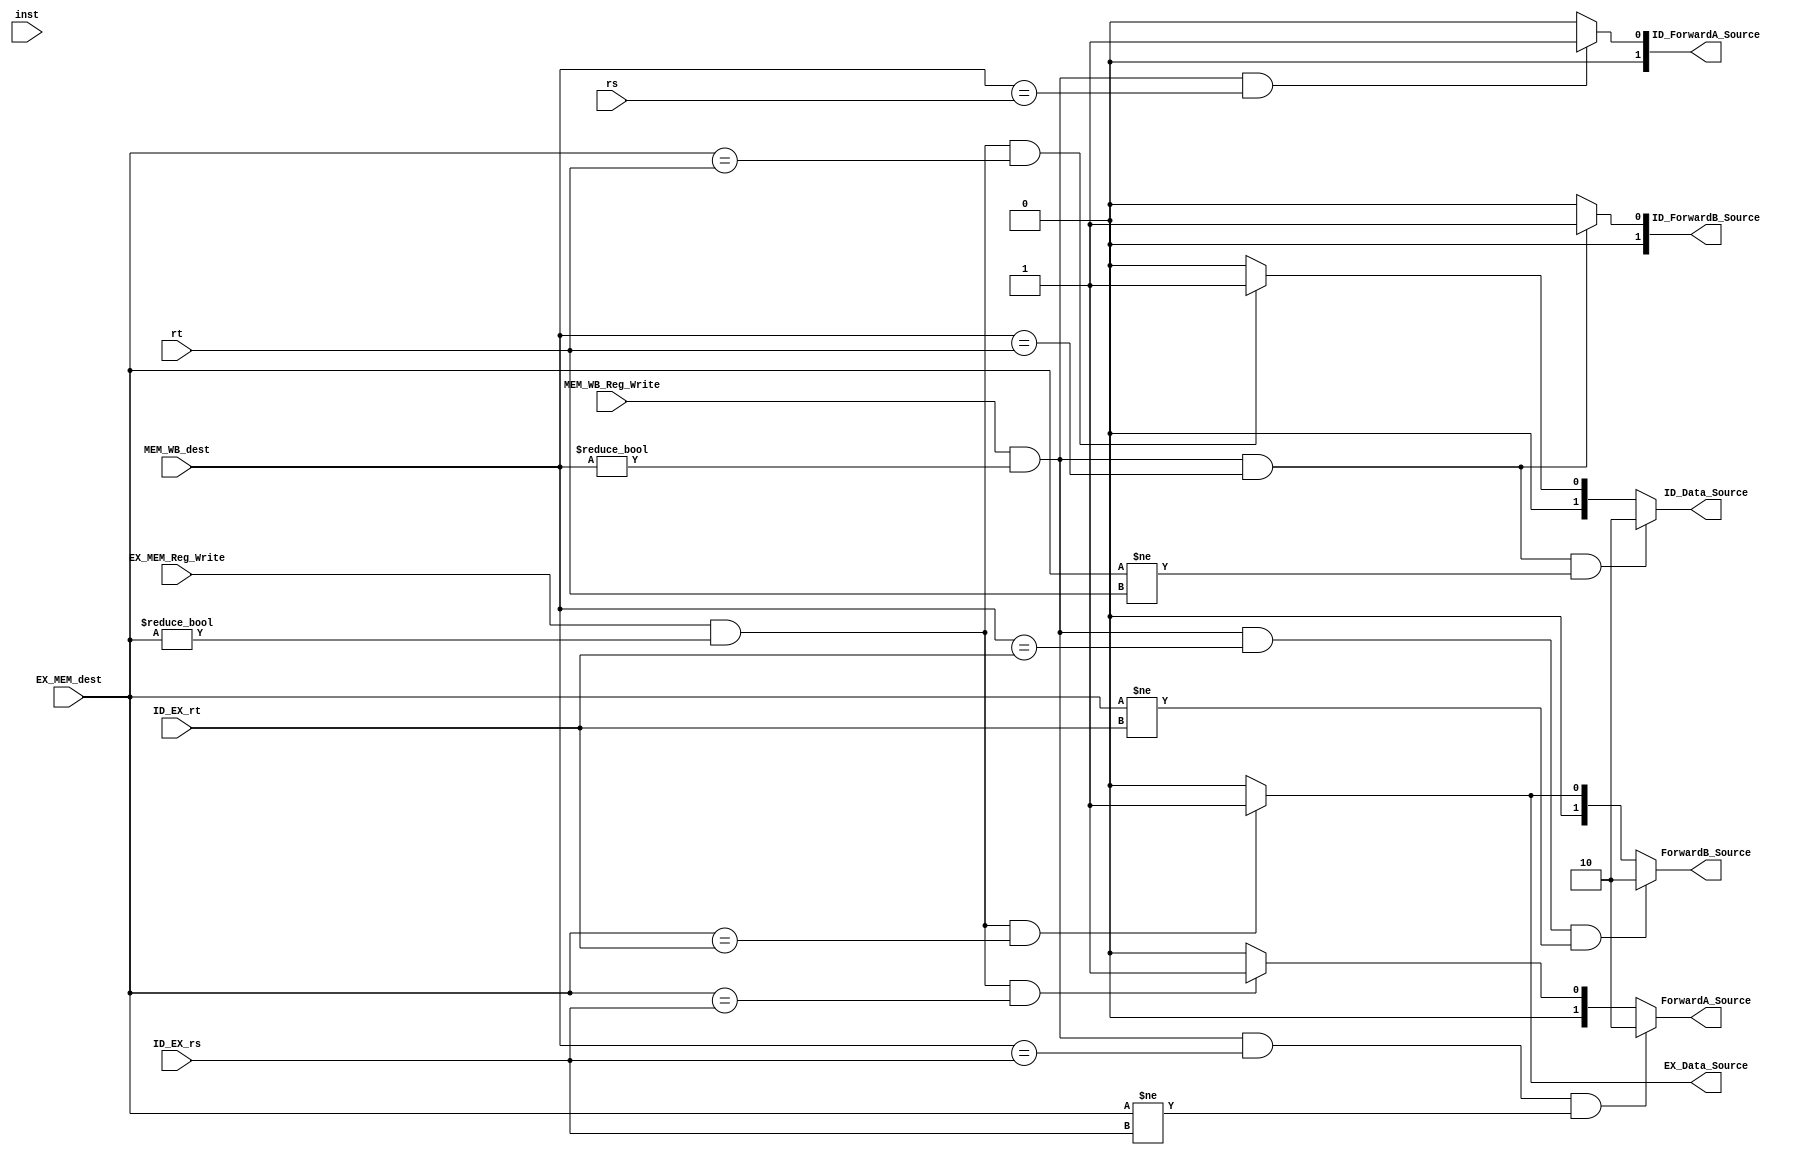
`timescale 1ns / 1ps
//////////////////////////////////////////////////////////////////////////////////
// Company: 
// Engineer: 
// 
// Design Name: 
// Module Name:    forwarding 
// Project Name: 
// Target Devices: 
// Tool versions: 
// Description: 
//
// Dependencies: 
//
// Revision: 
// Revision 0.01 - File Created
// Additional Comments: 
//
//////////////////////////////////////////////////////////////////////////////////
module forwarding(
	input [31:0] inst,
	input [4:0] rs,
	input [4:0] rt,
	input [4:0] ID_EX_rs,
	input [4:0] ID_EX_rt,
    input [4:0] EX_MEM_dest,
    input [4:0] MEM_WB_dest,
	input EX_MEM_Reg_Write,
	input MEM_WB_Reg_Write,
	output reg [1:0] ForwardA_Source,
    output reg [1:0] ForwardB_Source,
    output reg [1:0] ID_ForwardA_Source,
    output reg [1:0] ID_ForwardB_Source,
	output reg [1:0] ID_Data_Source,
	output reg EX_Data_Source
    );
	
	// conditions for ForwardA and ForwardB used are those found in the textbook
	// the difference of ForwardA and ForwardB is simply rs and rt, respectively
	
	// ForwardA
	always@(EX_MEM_Reg_Write or EX_MEM_dest or ID_EX_rs or MEM_WB_Reg_Write or MEM_WB_dest) begin
		if(MEM_WB_Reg_Write && MEM_WB_dest != 0 && MEM_WB_dest == ID_EX_rs && EX_MEM_dest != ID_EX_rs) begin
			ForwardA_Source = 2'b10;
		end else if(EX_MEM_Reg_Write && EX_MEM_dest != 0 && EX_MEM_dest == ID_EX_rs) begin
			ForwardA_Source = 2'b01;
		end else begin
			ForwardA_Source = 2'b00;
		end
	end
	
	// ForwardB
	always@(EX_MEM_Reg_Write or EX_MEM_dest or ID_EX_rt or MEM_WB_Reg_Write or MEM_WB_dest) begin
		if(MEM_WB_Reg_Write && MEM_WB_dest != 0 && MEM_WB_dest == ID_EX_rt && EX_MEM_dest != ID_EX_rt) begin
			ForwardB_Source = 2'b10;
		end else if(EX_MEM_Reg_Write && EX_MEM_dest != 0 && EX_MEM_dest == ID_EX_rt) begin
			ForwardB_Source = 2'b01;
		end else begin
			ForwardB_Source = 2'b00;
		end	
	end
	
	// For 2 spaced dependencies
	
	// ID_ForwardA
	always@(rs or MEM_WB_Reg_Write or MEM_WB_dest) begin
		if(MEM_WB_Reg_Write && MEM_WB_dest != 0 && MEM_WB_dest == rs) begin
			ID_ForwardA_Source = 2'b01;
		end else begin
			ID_ForwardA_Source = 2'b00;
		end
	end
	
	// ID_ForwardB
	always@(rt or MEM_WB_Reg_Write or MEM_WB_dest) begin
		if(MEM_WB_Reg_Write && MEM_WB_dest != 0 && MEM_WB_dest == rt) begin
			ID_ForwardB_Source = 2'b01;
		end else begin
			ID_ForwardB_Source = 2'b00;
		end
	end
	
	// ID Data Forwarding for Memory Writes
	always@(MEM_WB_Reg_Write or MEM_WB_dest or rt or EX_MEM_Reg_Write or EX_MEM_dest) begin
		if(MEM_WB_Reg_Write && MEM_WB_dest != 0 && MEM_WB_dest == rt && EX_MEM_dest != rt) begin
			ID_Data_Source = 2'b10;
		end else if(EX_MEM_Reg_Write && EX_MEM_dest != 0 && EX_MEM_dest == rt) begin
			ID_Data_Source = 2'b01;
		end else begin
			ID_Data_Source = 2'b00;
		end
	end
	
	
	// EX Data Forwarding for Memory Writes
	always@(ID_EX_rt or EX_MEM_Reg_Write or EX_MEM_dest) begin
		if(EX_MEM_Reg_Write && EX_MEM_dest != 0 && EX_MEM_dest == ID_EX_rt) begin
			EX_Data_Source = 1;
		end else begin
			EX_Data_Source = 0;
		end
	end
	
endmodule